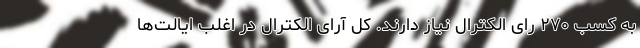
به کسب ۲۷۰ رای الکترال نیاز دارند. کل آرای الکترال در اغلب ایالت‌ها